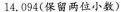
14.094(保留两位小数)